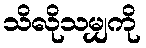
သိလိုသမျှကို